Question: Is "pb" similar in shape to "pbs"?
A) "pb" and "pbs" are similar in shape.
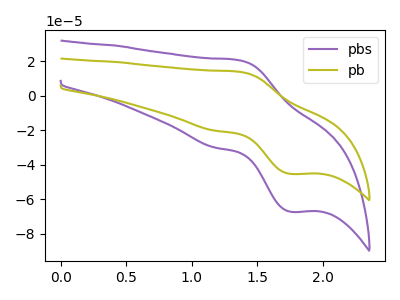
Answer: <think>The purple curve "pbs" has an anodic peak at (1.35V, 20.60uA) and a cathodic peak at (1.75V, -67.35uA). The olive curve "pb" has an anodic peak at (1.35V, 13.85uA) and a cathodic peak at (1.75V, -45.40uA).
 All the peaks in "pb" have a peak in "pbs" at the same potential. Every peak in "pb" is lower than every peak in "pbs".</think>
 <answer>A) "pb" and "pbs" are similar in shape.</answer>
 <eval>A</eval>